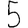
Digit: 5